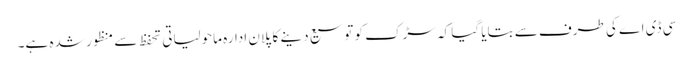
سی ڈی اے کی طرف سے بتایا گیا کہ سڑک کو توسیع دینے کا پلان ادارہ ماحولیاتی تحفظ سے منظور شدہ ہے۔